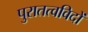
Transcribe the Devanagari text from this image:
पुरातत्‍वविदों